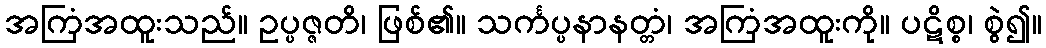
အကြံအထူးသည်။ ဥပ္ပဇ္ဇတိ၊ ဖြစ်၏။ သင်္ကပ္ပနာနတ္တံ၊ အကြံအထူးကို။ ပဋိစ္စ၊ စွဲ၍။